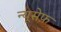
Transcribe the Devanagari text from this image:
न्यूसेफ़